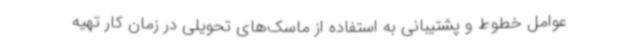
عوامل خطوط و پشتیبانی به استفاده از ماسک‌های تحویلی در زمان کار تهیه